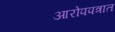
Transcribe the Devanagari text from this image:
आरोपपत्रात